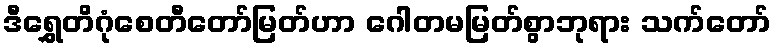
ဒီရွှေတိဂုံစေတီတော်မြတ်ဟာ ဂေါတမမြတ်စွာဘုရား သက်တော်